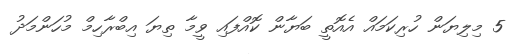
5 މިލިޔަން ހުރިކަމައް އެއޮތީ ބަޔާން ކޮއްފައި ވީމާ ތިޔަ އިބްރާހިމް މުހަންމަދު